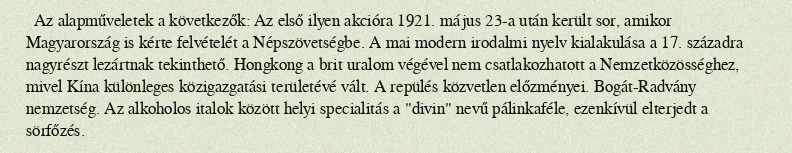
Az alapműveletek a következők: Az első ilyen akcióra 1921. május 23-a után került sor, amikor Magyarország is kérte felvételét a Népszövetségbe. A mai modern irodalmi nyelv kialakulása a 17. századra nagyrészt lezártnak tekinthető. Hongkong a brit uralom végével nem csatlakozhatott a Nemzetközösséghez, mivel Kína különleges közigazgatási területévé vált. A repülés közvetlen előzményei. Bogát-Radvány nemzetség. Az alkoholos italok között helyi specialitás a "divin" nevű pálinkaféle, ezenkívül elterjedt a sörfőzés.